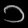
Digit: ၁